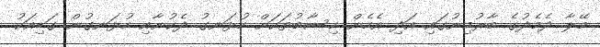
މޭލާ ދެމެދުގެ ބާރުމިނުގައި އަދި އެހެން ހިސާބުތަކަށް ހުޅަނގު ދެކުނާއި ހުޅަނގުން ގަޑިއަކު